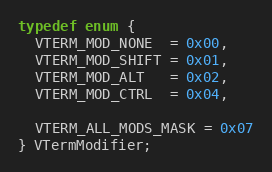
Language: C
typedef enum {
  VTERM_MOD_NONE  = 0x00,
  VTERM_MOD_SHIFT = 0x01,
  VTERM_MOD_ALT   = 0x02,
  VTERM_MOD_CTRL  = 0x04,

  VTERM_ALL_MODS_MASK = 0x07
} VTermModifier;